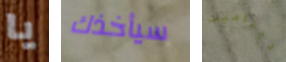
يا سيأخذك ديناميت